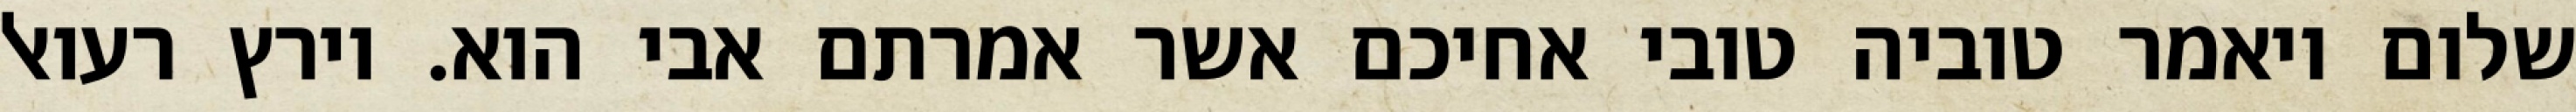
שלום ויאמר טוביה טובי אחיכם אשר אמרתם אבי הוא. וירץ רעואל